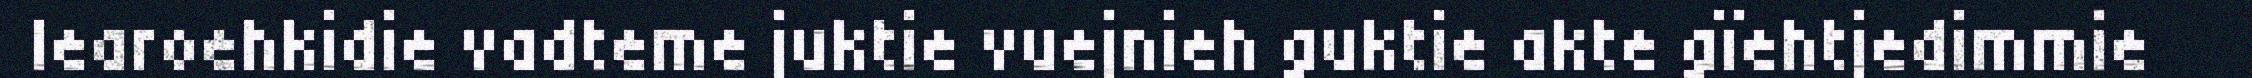
learoehkidie vadteme juktie vuejnieh guktie akte gïehtjedimmie